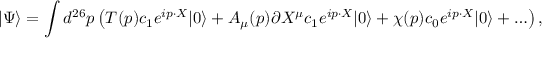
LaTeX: | \Psi \rangle = \int d ^ { 2 6 } p \left( T ( p ) c _ { 1 } e ^ { i p \cdot X } | 0 \rangle + A _ { \mu } ( p ) \partial X ^ { \mu } c _ { 1 } e ^ { i p \cdot X } | 0 \rangle + \chi ( p ) c _ { 0 } e ^ { i p \cdot X } | 0 \rangle + \ldots \right) ,